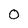
Character: 0